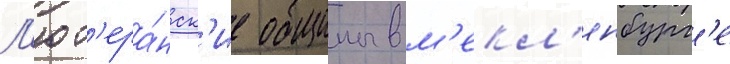
Л'ют'ера́нск'ие общины в м'екл'енбург'е